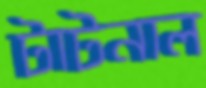
টাটনাল